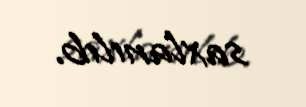
saxlanılıb.